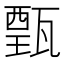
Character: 𤭾